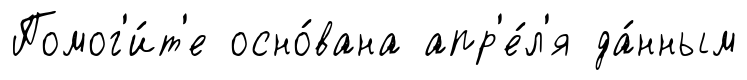
Помог'и́т'е осно́вана апр'е́л'я да́нным